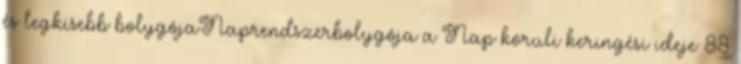
és legkisebb bolygójaNaprendszerbolygója a Nap körüli keringési ideje 88